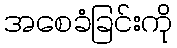
အစေခံခြင်းကို